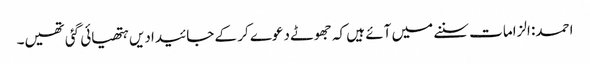
احمد: الزامات سننے میں آئے ہیں کہ جھوٹے دعوے کر کے جائیدادیں ہتھیائی گئی تھیں۔